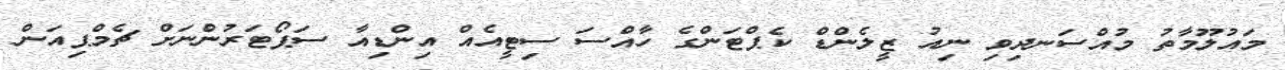
މައުލޫމާތު މުއްސަނދިވި ނިއު ޒީލެންޑް ކެޕްޓަންގެ ހާއްސަ ސިޓީއެއް އިންޑިއާ ސަޕޯޓަރުންނަށް ޗެމްޕިއަން